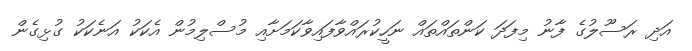
އަދި ރަސޫލުގެ ފާނު މިފަދަ ކަންތައްތައް ނަހީކުރައްވާފައިވާކަމަށާއި މުސްލިމުން އެކަކު އަނެކަކު ގުޅިގެން